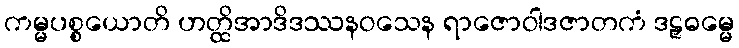
ကမ္မပစ္စယောတိ ဟတ္ထိအာဒိဒဿနဝသေန ရာဇောဝါဒဇာတကံ ဒဠှဓမ္မေ